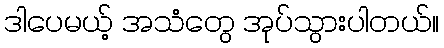
ဒါပေမယ့် အသံတွေ အုပ်သွားပါတယ်။